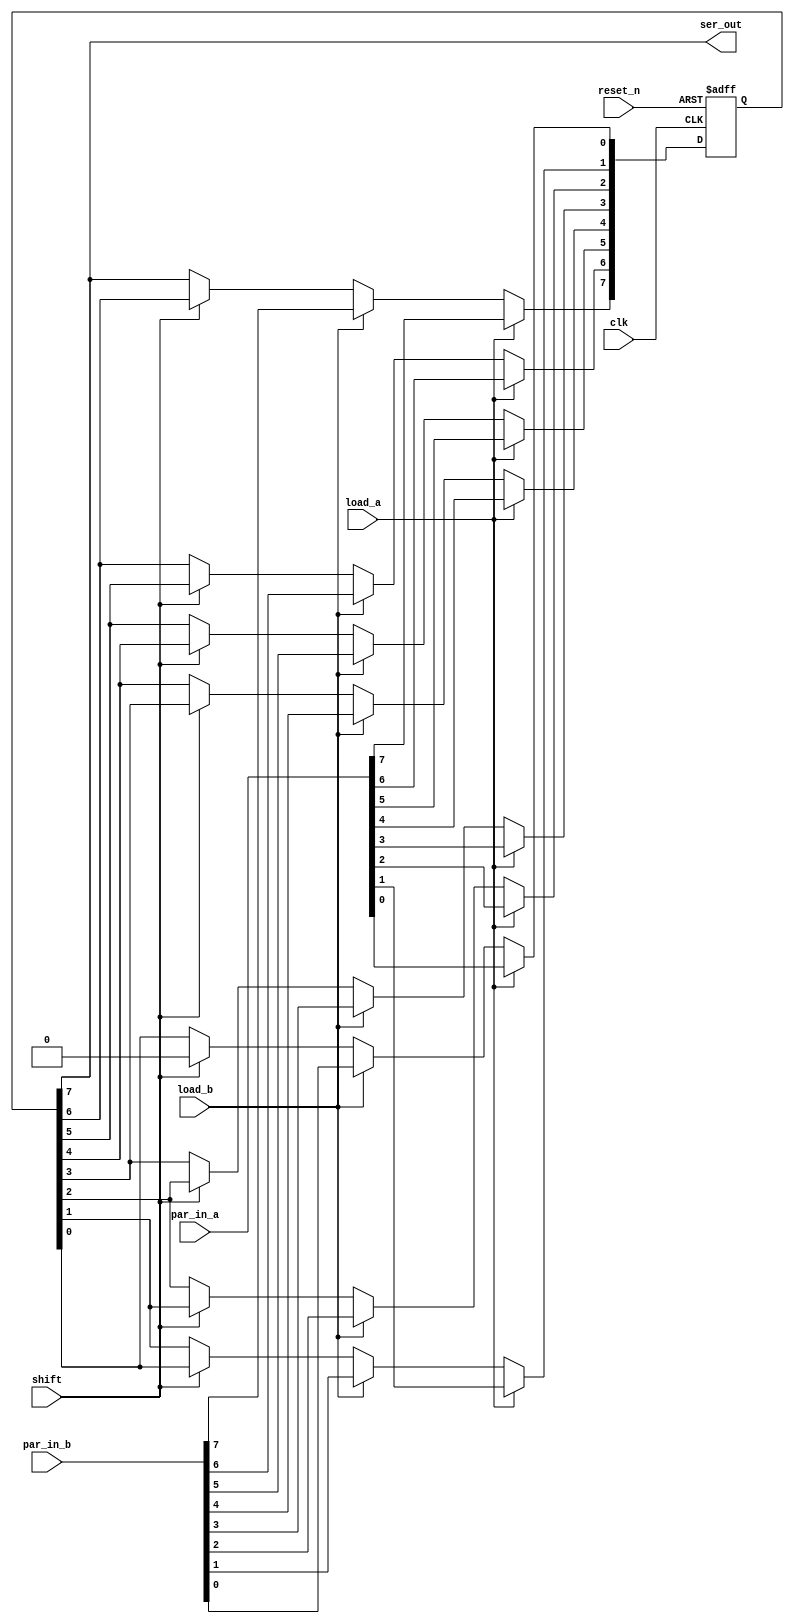
module piso_shift_register
  #(parameter WIDTH=8)
   (
    input             clk,
    input             reset_n, 
    input [WIDTH-1:0] par_in_a, 
    input [WIDTH-1:0] par_in_b,
    input             load_a, 
    input             load_b,
    input             shift,
    output            ser_out
   );

   reg [WIDTH-1:0] data_reg;
   integer         i;
   
   always @(posedge clk, negedge reset_n)
     if (!reset_n)
       data_reg <= {WIDTH {1'b0}};
     else
       if (load_a)
         data_reg <= par_in_a;
       else
         if (load_b)
           data_reg <= par_in_b;
         else
           if (shift)
             begin
                for (i=0; i<WIDTH-1; i=i+1)
                  data_reg[i+1] <= data_reg[i];
                data_reg[0] <= 0;
             end

      
   assign ser_out = data_reg[WIDTH-1];

endmodule